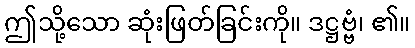
ဤသို့သော ဆုံးဖြတ်ခြင်းကို။ ဒဋ္ဌဗ္ဗံ၊ ၏။